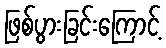
ဖြစ်ပွားခြင်းကြောင့်